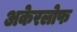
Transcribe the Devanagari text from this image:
अकेरलोफ